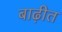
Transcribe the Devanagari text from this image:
बाढ़ीत